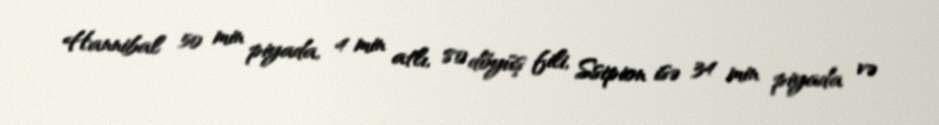
Hannibal 50 min piyada, 4 min atlı, 80 döyüş fili, Ssipion isə 34 min piyada və